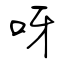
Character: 呀